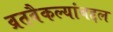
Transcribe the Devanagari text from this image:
व्रतवैकल्यांबद्दल